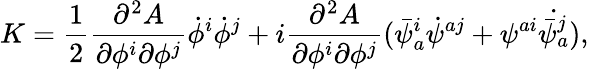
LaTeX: K=\frac{1}{2}\frac{\partial^{2}A}{\partial\phi^{i}\partial\phi^{j}}\dot{\phi}^{i}\dot{\phi}^{j}+i\frac{\partial^{2}A}{\partial\phi^{i}\partial\phi^{j}}(\bar{\psi}_{a}^{i}\dot{\psi}^{aj}+\psi^{ai}\dot{\bar{\psi}_{a}^{j}}),